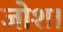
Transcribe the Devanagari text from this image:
जोश।